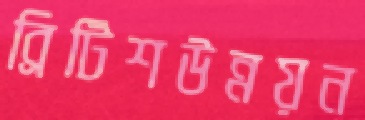
ব্রিটিশউন্নয়ন